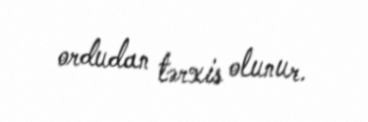
ordudan tərxis olunur.